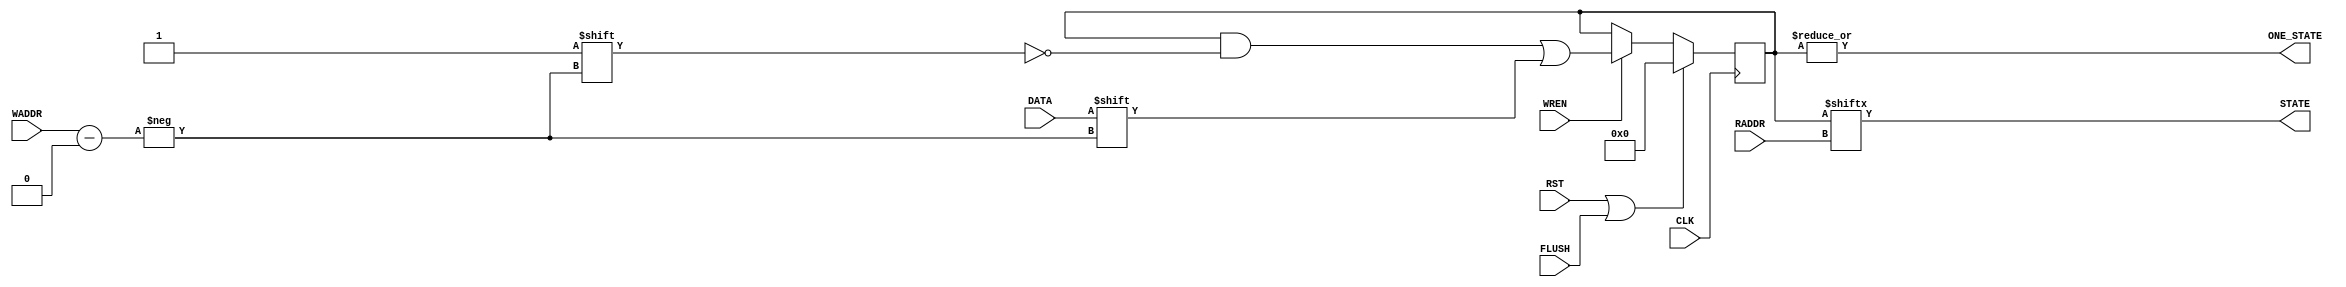
`timescale 1 ps  /  1 ps
module STATE_MEMORY         
    #(
        parameter depth          = 512              ,
        parameter address_width  = $clog2(depth)

    )
        (
        input                     CLK       ,
        input                     RST       ,
        input                     FLUSH     ,
        input                     WREN      ,   
        input [address_width-1:0] WADDR     ,
        input [address_width-1:0] RADDR     ,
        output                    STATE     ,
        input                     DATA      ,
        output                    ONE_STATE
     );
    reg [depth-1:0] state_mem;  
    always@(posedge CLK)
    begin
        
        if(RST | FLUSH)
        begin
            state_mem       <=  0       ;
        end
        else if (WREN)
        begin
            state_mem[WADDR] <= DATA      ;
        end
    end
    assign STATE = state_mem[RADDR]     ;
    assign ONE_STATE = |state_mem       ;
endmodule